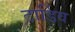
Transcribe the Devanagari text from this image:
टार्डिव